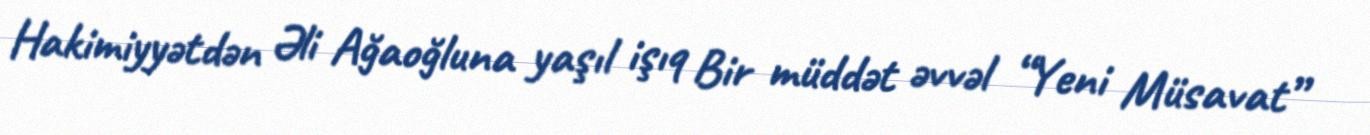
Hakimiyyətdən Əli Ağaoğluna yaşıl işıq Bir müddət əvvəl “Yeni Müsavat”